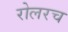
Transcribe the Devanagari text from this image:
रोलरच